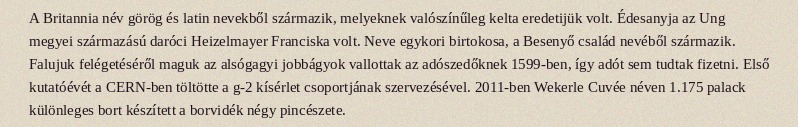
A Britannia név görög és latin nevekből származik, melyeknek valószínűleg kelta eredetijük volt. Édesanyja az Ung megyei származású daróci Heizelmayer Franciska volt. Neve egykori birtokosa, a Besenyő család nevéből származik. Falujuk felégetéséről maguk az alsógagyi jobbágyok vallottak az adószedőknek 1599-ben, így adót sem tudtak fizetni. Első kutatóévét a CERN-ben töltötte a g-2 kísérlet csoportjának szervezésével. 2011-ben Wekerle Cuvée néven 1.175 palack különleges bort készített a borvidék négy pincészete.